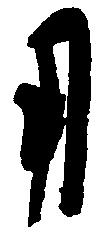
用